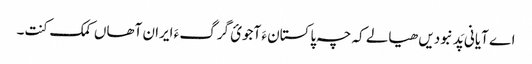
اے آیانی پَد نبودیں ھیالے کہ چہ پاکستان ءَ آجوئ گرگ ءَ ایران آھاں کمک کنت۔